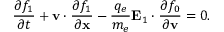
\frac { \partial f _ { 1 } } { \partial t } + \mathbf { v } \cdot \frac { \partial f _ { 1 } } { \partial \mathbf { x } } - \frac { q _ { e } } { m _ { e } } \mathbf { E } _ { 1 } \cdot \frac { \partial f _ { 0 } } { \partial \mathbf { v } } = 0 .